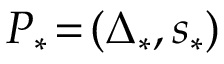
P _ { * } \! = \! ( \Delta _ { * } , s _ { * } )